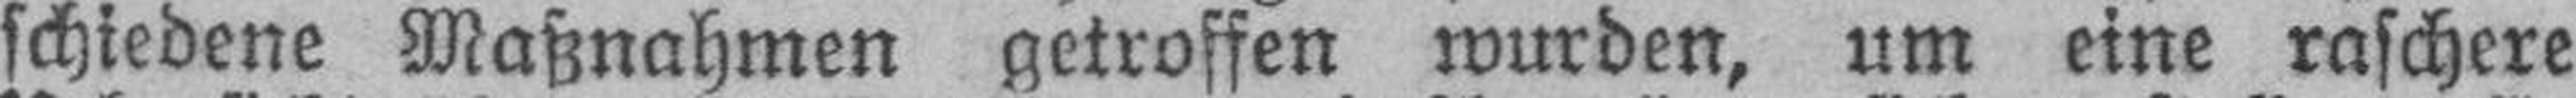
schiedene Maßnahmen getroffen wurden, um eine raschere